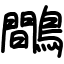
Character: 鷼